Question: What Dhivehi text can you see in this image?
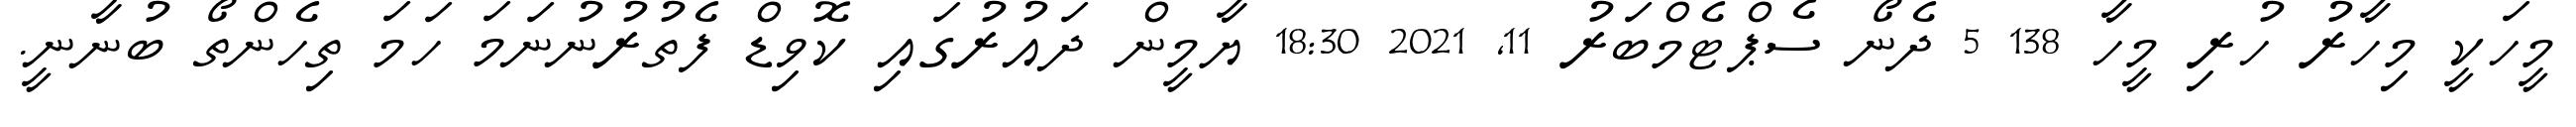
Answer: މީހަކީ މިހާރު ހުރި މީހާ 138 5 ދެނޯ ސެޕްޓެމްބަރު 11, 2021 18:30 ޔާމީން ދައުރުގައި ކޮވިޑް ފެތުރުނުނަމަ ހަމަ ތިހެންތޯ ބުނާނީ.